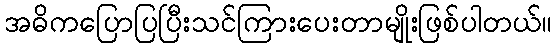
အဓိကပြောပြပြီးသင်ကြားပေးတာမျိုးဖြစ်ပါတယ်။